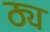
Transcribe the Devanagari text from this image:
ठ्य